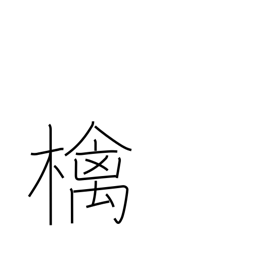
Meaning: apple